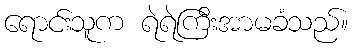
ရောင်းသူက ရဲရဲကြီးအာမခံသည်။